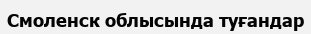
Смоленск облысында туғандар